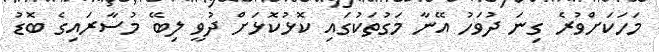
މަހަކަށްވުރެ ގިނަ ދުވަހު އޭނާ މަގުތަކުގައި ކޮޅުކޮޅަށް ދުވީ ލިބޭ މުސާރައިގެ ބޮޑު